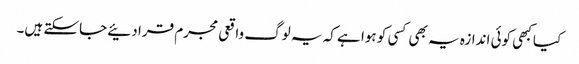
کیا کبھی کوئی اندازہ یہ بھی کسی کو ہوا ہے کہ یہ لوگ واقعی مجرم قرا دئیے جاسکتے ہیں۔